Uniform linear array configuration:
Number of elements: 16
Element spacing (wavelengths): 1
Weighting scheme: hann
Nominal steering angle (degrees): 30
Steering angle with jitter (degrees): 29.499
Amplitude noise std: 0.05
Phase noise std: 0.05

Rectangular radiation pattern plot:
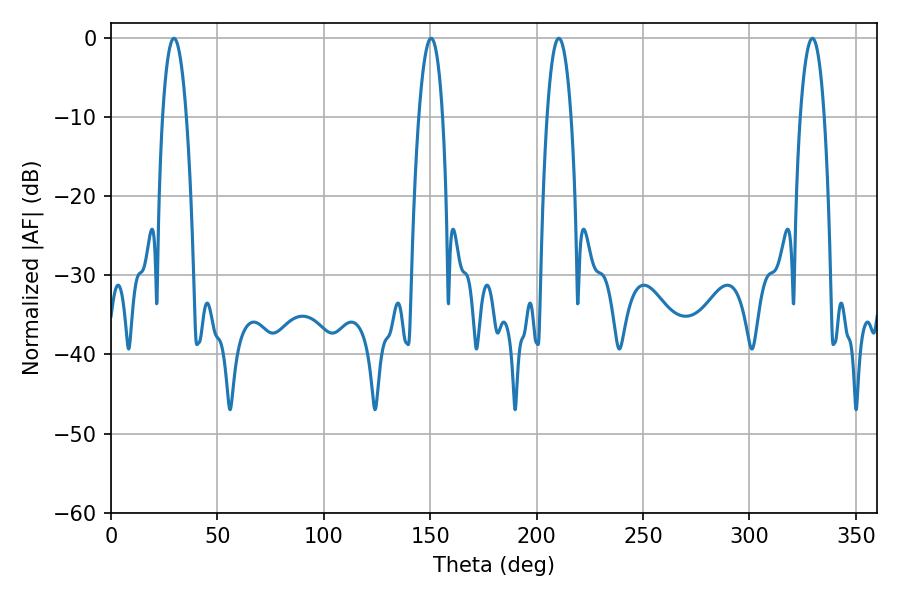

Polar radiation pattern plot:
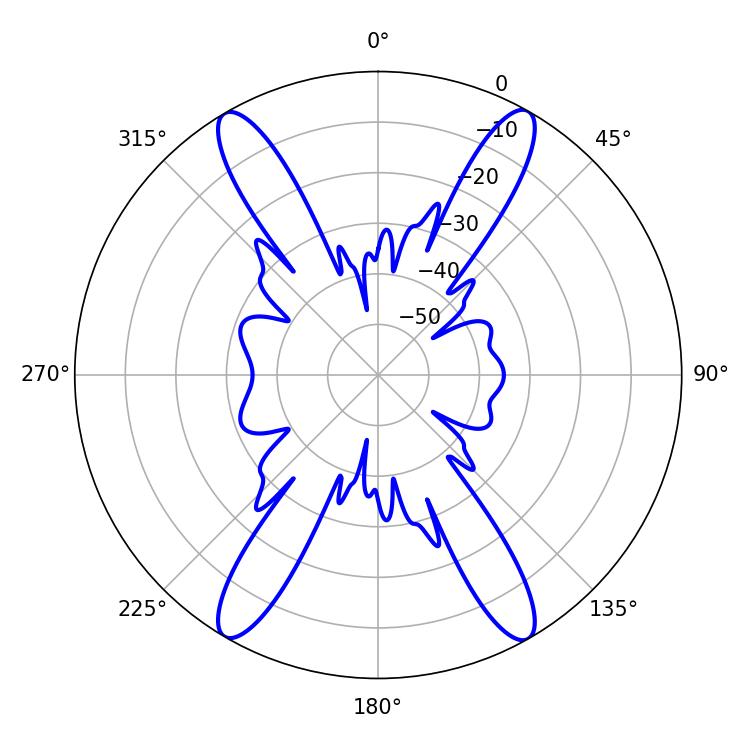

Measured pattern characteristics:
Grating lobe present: TRUE
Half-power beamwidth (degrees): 6.3
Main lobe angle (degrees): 210.42